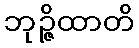
ဘုဉ္ဇိထာတိ